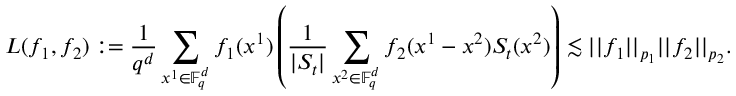
L ( f _ { 1 } , f _ { 2 } ) : = \frac { 1 } { q ^ { d } } \sum _ { x ^ { 1 } \in \mathbb F _ { q } ^ { d } } f _ { 1 } ( x ^ { 1 } ) \left( \frac { 1 } { | S _ { t } | } \sum _ { x ^ { 2 } \in \mathbb F _ { q } ^ { d } } f _ { 2 } ( x ^ { 1 } - x ^ { 2 } ) S _ { t } ( x ^ { 2 } ) \right) \lesssim | | f _ { 1 } | | _ { p _ { 1 } } | | f _ { 2 } | | _ { p _ { 2 } } .